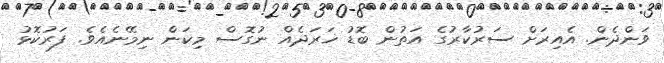
ވަންދެން. އެއިރަށް ސަރުކާރުގެ އަތުން ބޮޑު ޚަރަދެއް ނުގޮސް މިކަން ނިމޭނެއެވެ. ފަރުކޮޅު